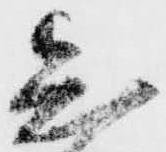
知